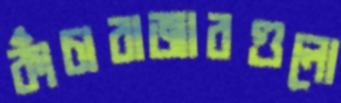
কাঁচাবাজারগুলো